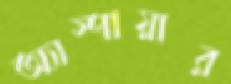
অ্যাস্পায়ার